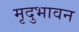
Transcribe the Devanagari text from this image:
मृदुभावन